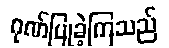
ဂုဏ်ပြုခဲ့ကြသည်